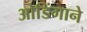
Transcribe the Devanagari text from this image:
ओडिंगाने